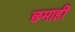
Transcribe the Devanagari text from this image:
छमाहीं